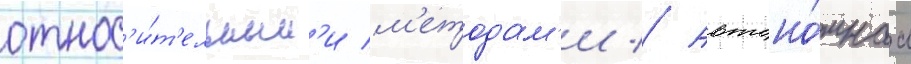
относ'и́т'ельным'и м'етодам'и // Автоно́мнаа